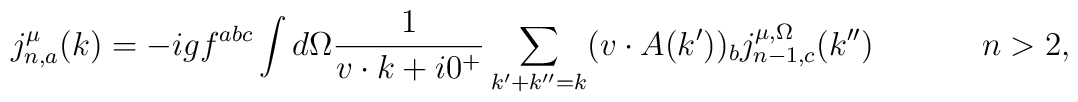
j^\mu_{n,a}(k)=-igf^{abc}\int d \Omega {1\over v\cdot k+i0^+}\sum\limits_{k'+k''=k}(v\cdot A(k'))_bj^{\mu,\Omega}_{n-1,c}(k'')\ \ \ \ \ \ \ \ \ \  n>2,